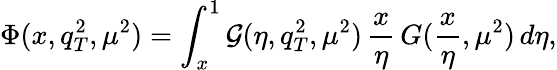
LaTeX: \Phi(x,q_{T}^{2},\mu^{2})=\int_{x}^{1}{\cal G}(\eta,q_{T}^{2},\mu^{2})\, \frac{x}{\eta}\, G(\frac{x}{\eta},\mu^{2})\, d\eta,